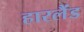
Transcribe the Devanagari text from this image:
हारलैंड